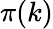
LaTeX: \pi(k)